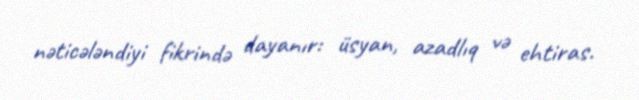
nəticələndiyi fikrində dayanır: üsyan, azadlıq və ehtiras.